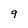
Character: 9